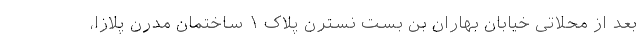
بعد از محلاتی خیابان بهاران بن بست نسترن پلاک ۱ ساختمان مدرن پلازا،